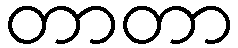
တာတာ